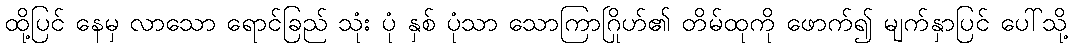
ထို့ပြင် နေမှ လာသော ရောင်ခြည် သုံး ပုံ နှစ် ပုံသာ သောကြာဂြိုဟ်၏ တိမ်ထုကို ဖောက်၍ မျက်နှာပြင် ပေါ်သို့